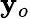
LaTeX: \mathbf{y}_{o}